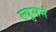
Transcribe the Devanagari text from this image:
ल्युसर्न